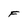
Character: F